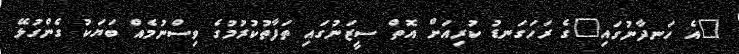
"އެ ހަނދާނުގައި"ގެ ރަހަގަނޑު ކުރިއަށް އޮތް ސީޒަނުގައި ތަފާތުކުރުމުގެ ވިސްނުމެއް ބަޔަކު ގެންގުޅޭ